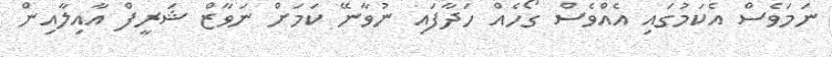
ނަމަވެސް އެކަމުގައި އެއްވެސް ގޯހެއް ހަދާފައި ނުވާނޭ ކަމަށް ނަވާޒް ޝަރީފް އާއިލާއިން